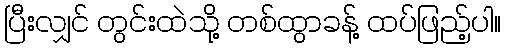
ပြီးလျှင် တွင်းထဲသို့ တစ်ထွာခန့် ထပ်ဖြည့်ပါ။